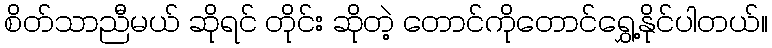
စိတ်သာညီမယ် ဆိုရင် တိုင်း ဆိုတဲ့ တောင်ကိုတောင်ရွှေ့နိုင်ပါတယ်။